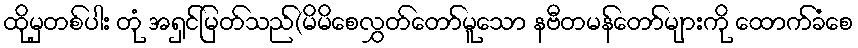
ထိုမှတစ်ပါး တုံ အရှင်မြတ်သည်(မိမိစေလွှတ်တော်မူသော နဗီတမန်တော်များကို ထောက်ခံစေ